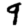
Digit: 9